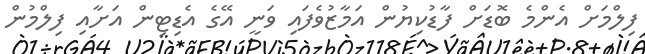
ފިލްމަށް އެންމެ ބޮޑަށް ފާޑުކިޔުން އަމާޒުވެފައި ވަނީ އޭގެ އެޑިޓިން އަށާއި ފިލްމުން